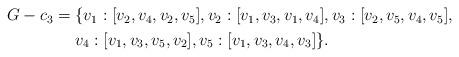
LaTeX: \begin{align*} \begin{aligned} G-c_3 = {} & \{v_1:[v_2, v_4, v_2, v_5], v_2:[v_1, v_3, v_1, v_4], v_3:[v_2, v_5, v_4, v_5],\\ & v_4:[v_1, v_3, v_5, v_2], v_5:[v_1, v_3, v_4, v_3]\}. \end{aligned}\end{align*}